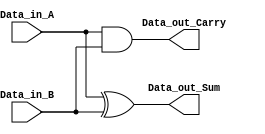
module mayur_half_adder(
    Data_in_A,
    Data_in_B,
    Data_out_Sum,
    Data_out_Carry
    );

    //what are the input ports.
    input Data_in_A;
    input Data_in_B;
    //What are the output ports.
    output Data_out_Sum;
     output Data_out_Carry;
     
     //Implement the Sum and Carry equations using Verilog Bit operators.
     assign Data_out_Sum = Data_in_A ^ Data_in_B;  //XOR operation
     assign Data_out_Carry = Data_in_A & Data_in_B; //AND operation
    
endmodule

module mayur_full_adder(
    Data_in_A,  //input A
    Data_in_B,  //input B
    Data_in_C,  //input C
    Data_out_Sum,
    Data_out_Carry
    );

    //what are the input ports.
    input Data_in_A;
    input Data_in_B;
     input Data_in_C;
    //What are the output ports.
    output Data_out_Sum;
     output Data_out_Carry;
     //Internal variables
     wire ha1_sum;
     wire ha2_sum;
     wire ha1_carry;
     wire ha2_carry;
     wire Data_out_Sum;
     wire Data_out_Carry;

     //Instantiate the half adder 1
    mayur_half_adder  ha1(
        .Data_in_A(Data_in_A),
        .Data_in_B(Data_in_B),
        .Data_out_Sum(ha1_sum),
        .Data_out_Carry(ha1_carry)
    );
    
    //Instantiate the half adder 2
    mayur_half_adder  ha2(
        .Data_in_A(Data_in_C),
        .Data_in_B(ha1_sum),
        .Data_out_Sum(ha2_sum),
        .Data_out_Carry(ha2_carry)
    );

    //sum output from 2nd half adder is connected to full adder output
    assign Data_out_Sum = ha2_sum;  
    //The carry's from both the half adders are OR'ed to get the final carry./
    assign Data_out_Carry = ha1_carry | ha2_carry;
    
endmodule

module mayur_wallace(A,B,prod);
    
    //inputs and outputs
    input [2:0] A,B;
    output [5:0] prod;
    //internal variables.
    wire s11,s12,s13,s22,s23,s32,s35,s34;
    wire c11,c12,c13,c22,c23,c32,c35;
    wire [2:0] p0,p1,p2,p3;

//initialize the p's.
    assign  p0 = A & {3{B[0]}};
    assign  p1 = A & {3{B[1]}};
    assign  p2 = A & {3{B[2]}};

//final product assignments    
    assign prod[0] = p0[0];
    assign prod[1] = s11;
    assign prod[2] = s22;
    assign prod[3] = s32;
    assign prod[4] = s34;
    assign prod[5] = s35;

//first stage
    mayur_half_adder ha11 (p0[1],p1[0],s11,c11);
    mayur_full_adder fa12(p0[2],p1[1],c11,s12,c12);
    mayur_half_adder ha15(p1[2],c12,s13,c13);

//second stage
    mayur_half_adder ha22 (p2[0],s12,s22,c22);
    mayur_full_adder fa23 (p2[1],c22,s13,s32,c32);
    mayur_full_adder fa24 (p2[2],c13,c32,s34,s35);

endmodule